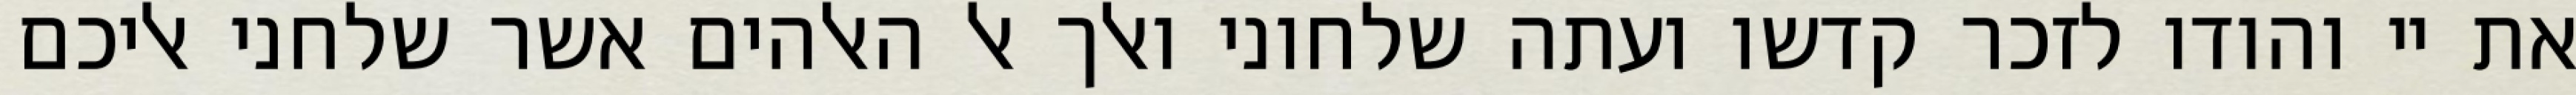
את יי והודו לזכר קדשו ועתה שלחוני ואלך אל האלהים אשר שלחני אליכם